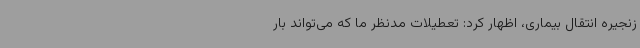
زنجیره انتقال بیماری، اظهار کرد: تعطیلات مدنظر ما که می‌تواند بار